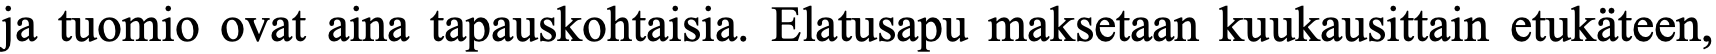
ja tuomio ovat aina tapauskohtaisia. Elatusapu maksetaan kuukausittain etukäteen,